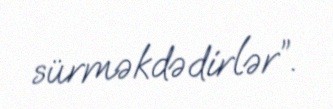
sürməkdədirlər”.